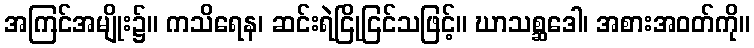
အကြင်အမျိုး၌။ ကသိရေန၊ ဆင်းရဲငြိုငြင်သဖြင့်။ ဃာသစ္ဆဒေါ၊ အစားအဝတ်ကို။